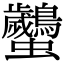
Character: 𧖠